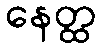
နေတ္ထ